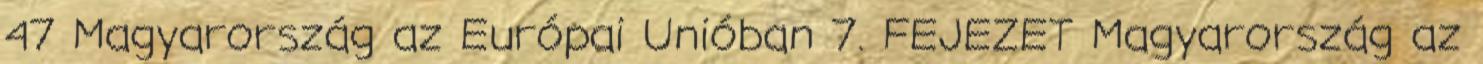
47 Magyarország az Európai Unióban 7. FEJEZET Magyarország az